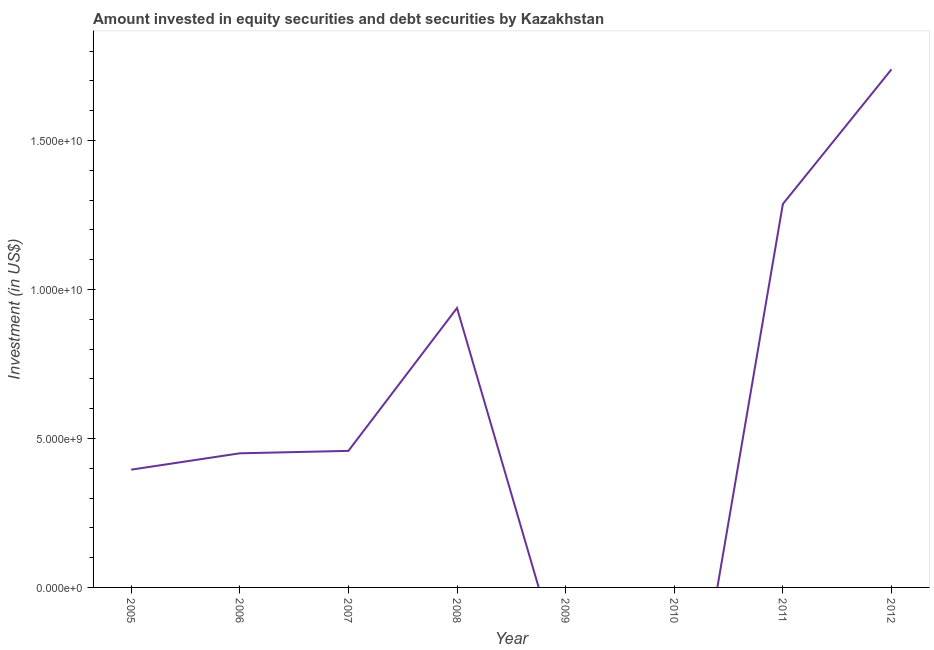
| Year | Portfolio Investment |
 | --- | --- |
 | 2005 | 3.95e+09 |
 | 2006 | 4.5e+09 |
 | 2007 | 4.58e+09 |
 | 2008 | 9.38e+09 |
 | 2009 | -3.09e+09 |
 | 2010 | -8.47e+09 |
 | 2011 | 1.29e+10 |
 | 2012 | 1.74e+10 |